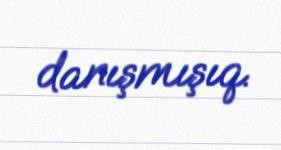
danışmışıq.